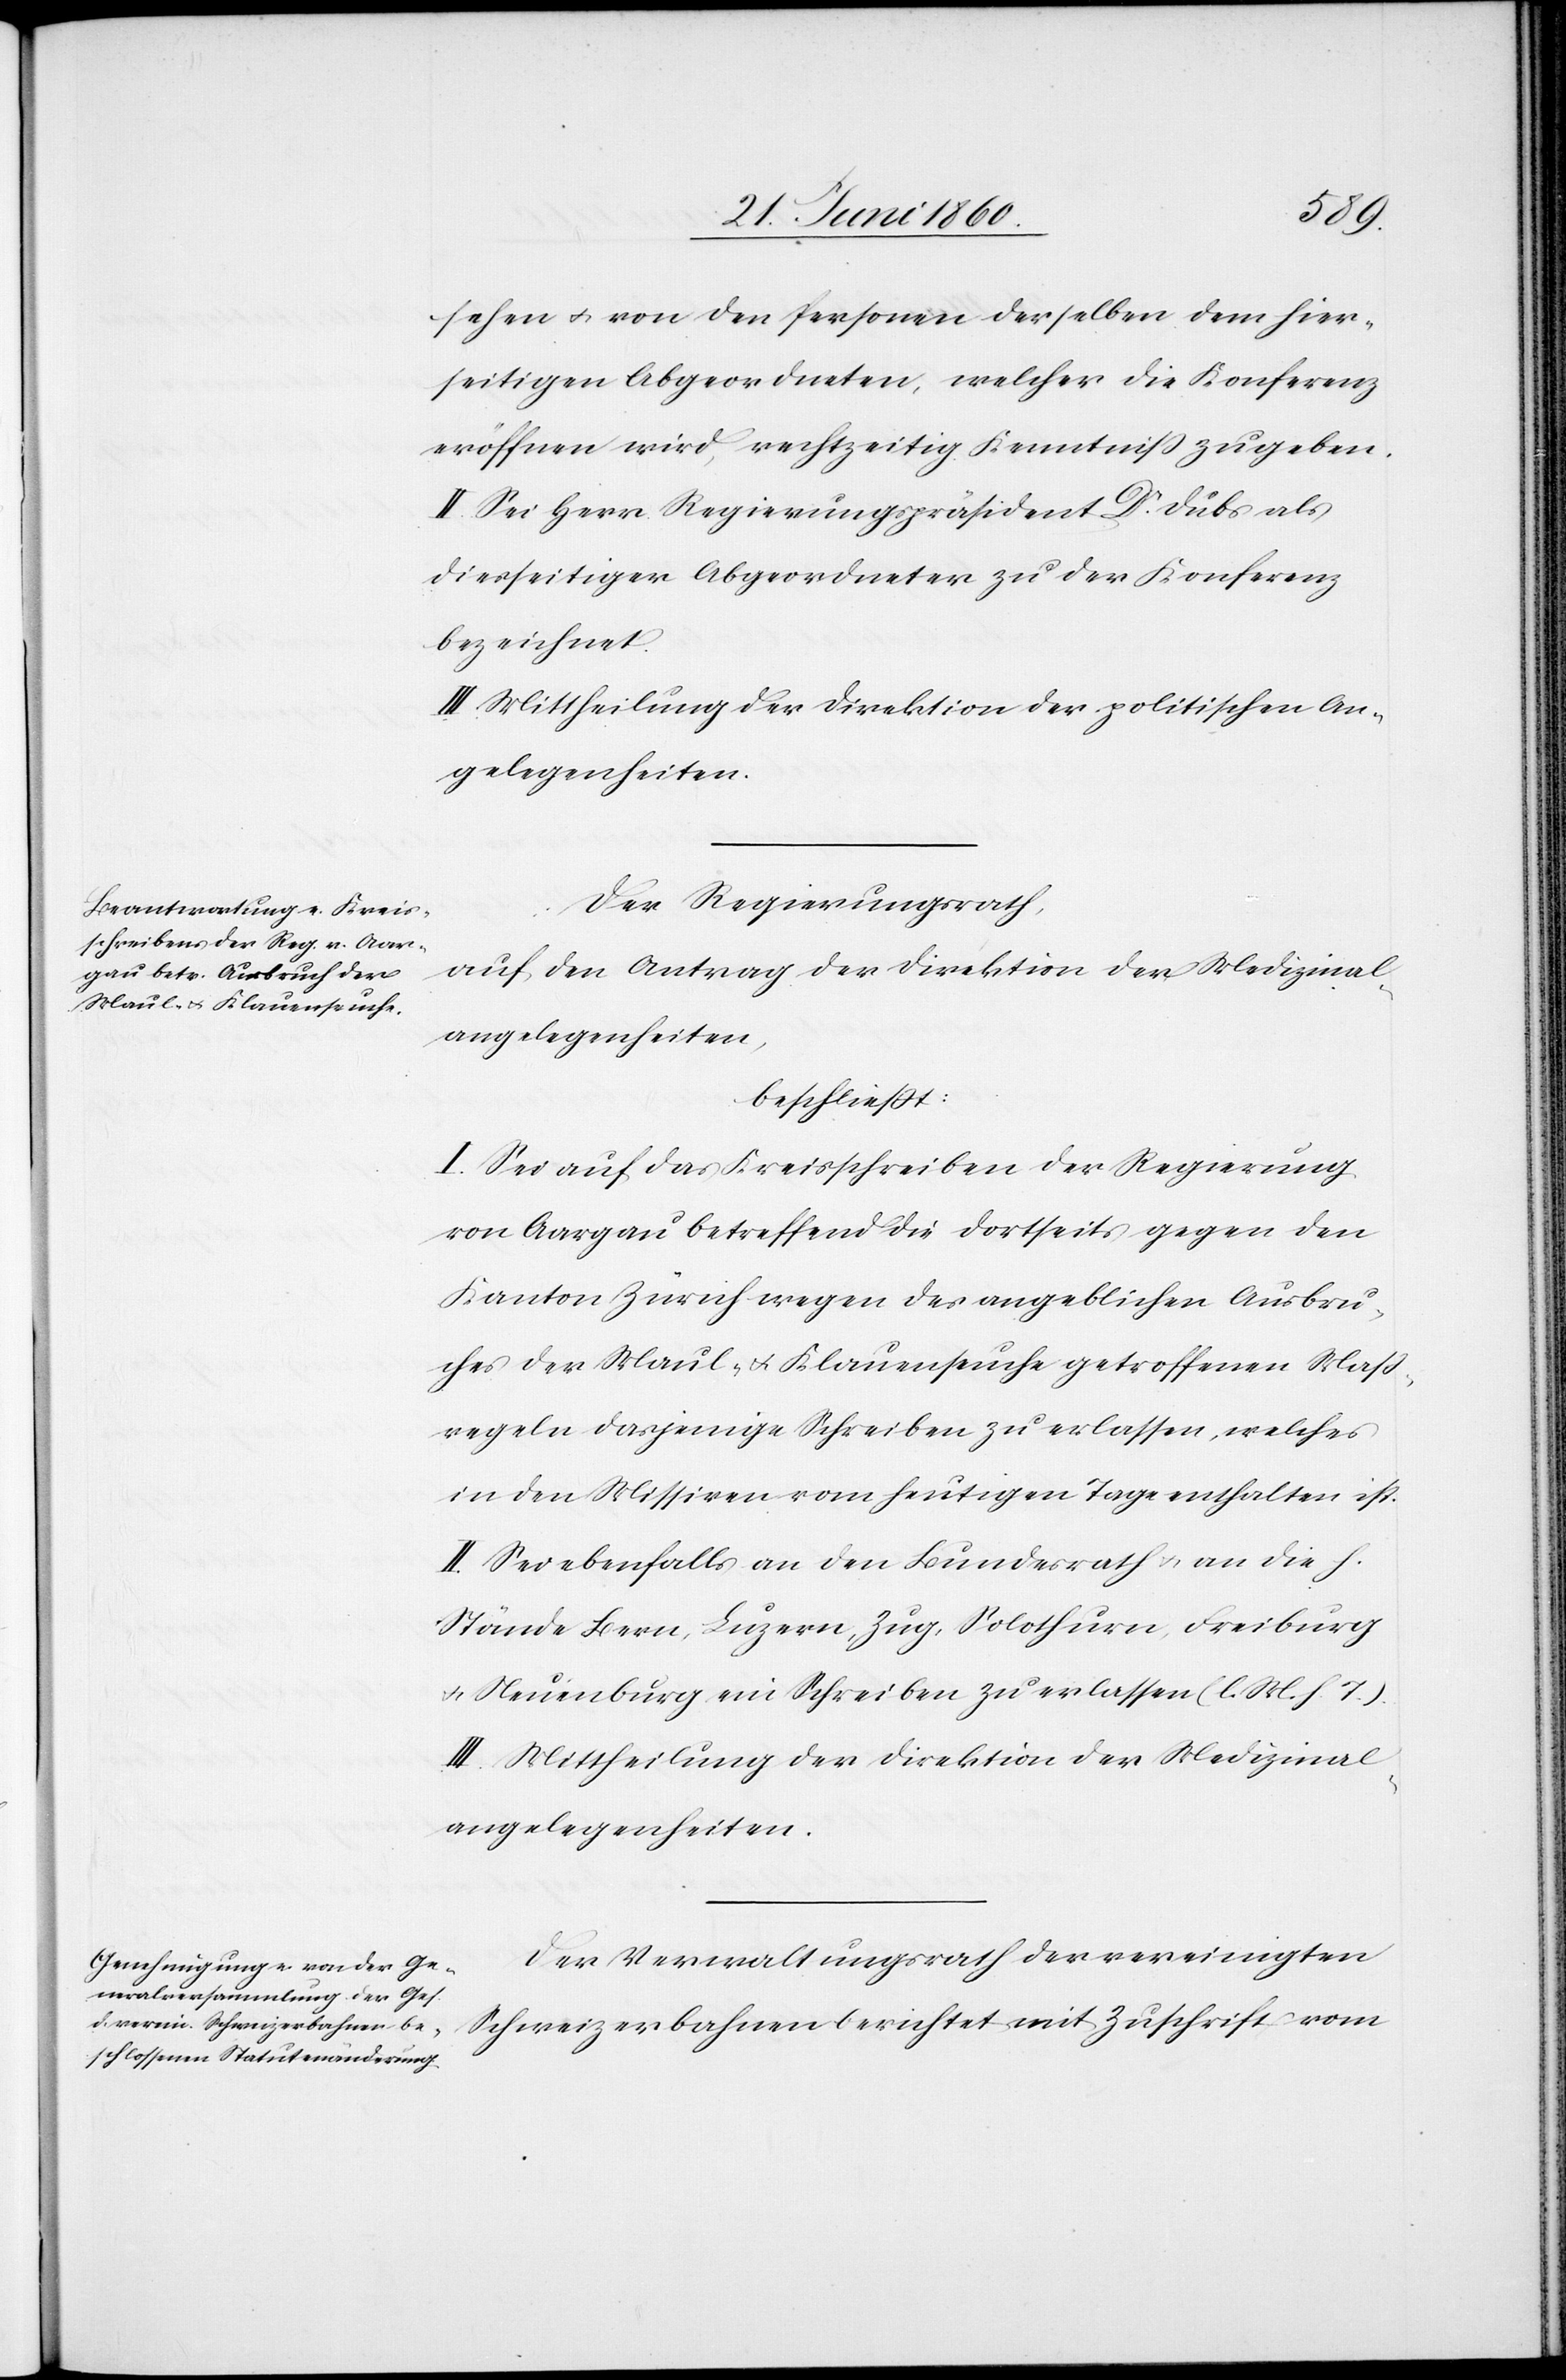
sehen u. von den Personen derselben dem hier¬
seitigen Abgeordneten, welcher die Konferenz
eröffnen wird, rechtzeitig Kenntniss zu geben.
II. Sei Herr Regierungspräsident Dr Dubs als
diesseitiger Abgeordneter zu der Konferenz
bezeichnet.
III. Mittheilung der Direktion der politischen An¬
gelegenheiten.
Der Regierungsrath,
auf den Antrag der Direktion der Medizinal¬
angelegenheiten,
beschliesst:
I. Sei auf das Kreisschreiben der Regierung
von Aargau betreffend die dortseits gegen den
Kanton Zürich wegen des angeblichen Ausbru¬
ches der Maul- u. Klauenseuche getroffenen Mass¬
regeln dasjenige Schreiben zu erlassen, welches
in den Missiven vom heutigen Tage enthalten ist.
II. Sei ebenfalls an den Bundesrath u. an die h.
Stände Bern, Luzern, Zug, Solothurn, Freiburg
u. Neuenburg ein Schreiben zu erlassen. (l. M. h. T.)
III. Mittheilung der Direktion der Medizinal¬
angelegenheiten.
Der Verwaltungsrath der vereinigten
Schweizerbahnen berichtet mit Zuschrift vom